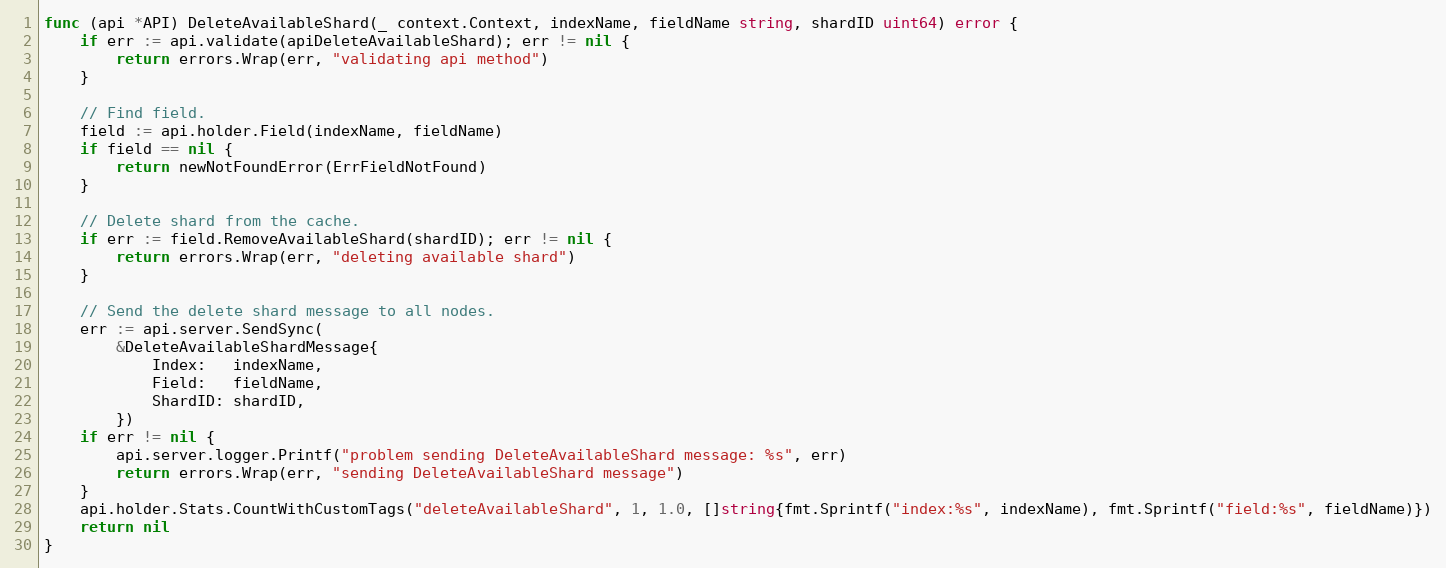
Language: Go
func (api *API) DeleteAvailableShard(_ context.Context, indexName, fieldName string, shardID uint64) error {
	if err := api.validate(apiDeleteAvailableShard); err != nil {
		return errors.Wrap(err, "validating api method")
	}

	// Find field.
	field := api.holder.Field(indexName, fieldName)
	if field == nil {
		return newNotFoundError(ErrFieldNotFound)
	}

	// Delete shard from the cache.
	if err := field.RemoveAvailableShard(shardID); err != nil {
		return errors.Wrap(err, "deleting available shard")
	}

	// Send the delete shard message to all nodes.
	err := api.server.SendSync(
		&DeleteAvailableShardMessage{
			Index:   indexName,
			Field:   fieldName,
			ShardID: shardID,
		})
	if err != nil {
		api.server.logger.Printf("problem sending DeleteAvailableShard message: %s", err)
		return errors.Wrap(err, "sending DeleteAvailableShard message")
	}
	api.holder.Stats.CountWithCustomTags("deleteAvailableShard", 1, 1.0, []string{fmt.Sprintf("index:%s", indexName), fmt.Sprintf("field:%s", fieldName)})
	return nil
}